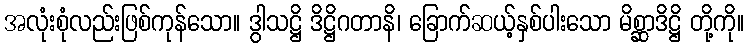
အလုံးစုံလည်းဖြစ်ကုန်သော။ ဒွါသဋ္ဌိ ဒိဋ္ဌိဂတာနိ၊ ခြောက်ဆယ့်နှစ်ပါးသော မိစ္ဆာဒိဋ္ဌိ တို့ကို။